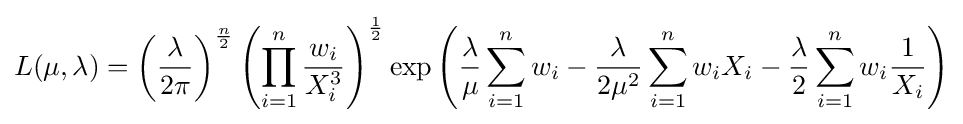
L(\mu ,\lambda )=\left({\frac {\lambda }{2\pi }}\right)^{\frac {n}{2}}\left(\prod _{i=1}^{n}{\frac {w_{i}}{X_{i}^{3}}}\right)^{\frac {1}{2}}\exp \left({\frac {\lambda }{\mu }}\sum _{i=1}^{n}w_{i}-{\frac {\lambda }{2\mu ^{2}}}\sum _{i=1}^{n}w_{i}X_{i}-{\frac {\lambda }{2}}\sum _{i=1}^{n}w_{i}{\frac {1}{X_{i}}}\right)